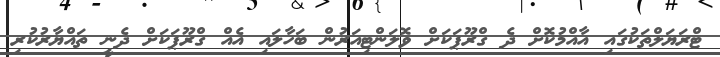
ޓްރަޔަލްތަކުގައި އާއްމުކޮށް ދެ ގްރޫޕަކަށް ވޮލަންޓިއަރުން ބަހާލައި އެއް ގްރޫޕަކަށް ދެނީ ތައްޔާރުކުރި